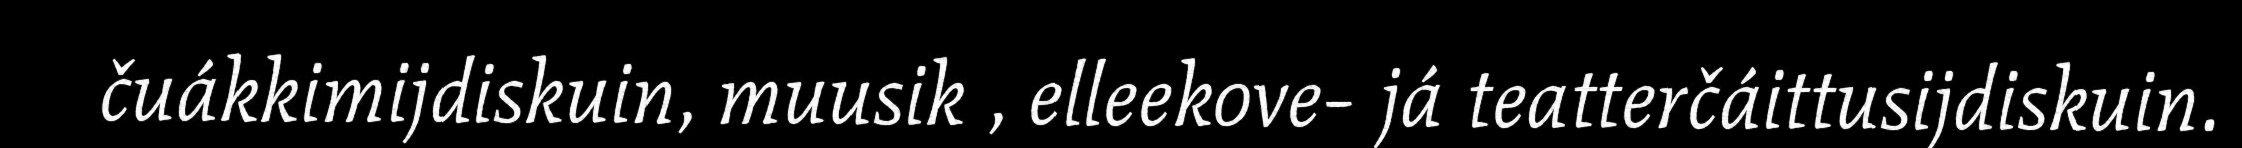
čuákkimijdiskuin, muusik , elleekove- já teatterčáittusijdiskuin.